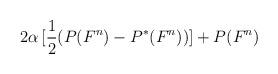
LaTeX: \begin{align*}2\alpha\,[\frac{1}{2}(P(F^{n})-P^{\ast}(F^{n}))]+P(F^{n})\end{align*}